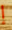
إ